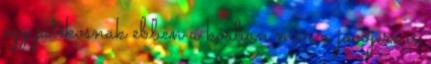
egy játékosnak ebben a korban már a jövőjére is